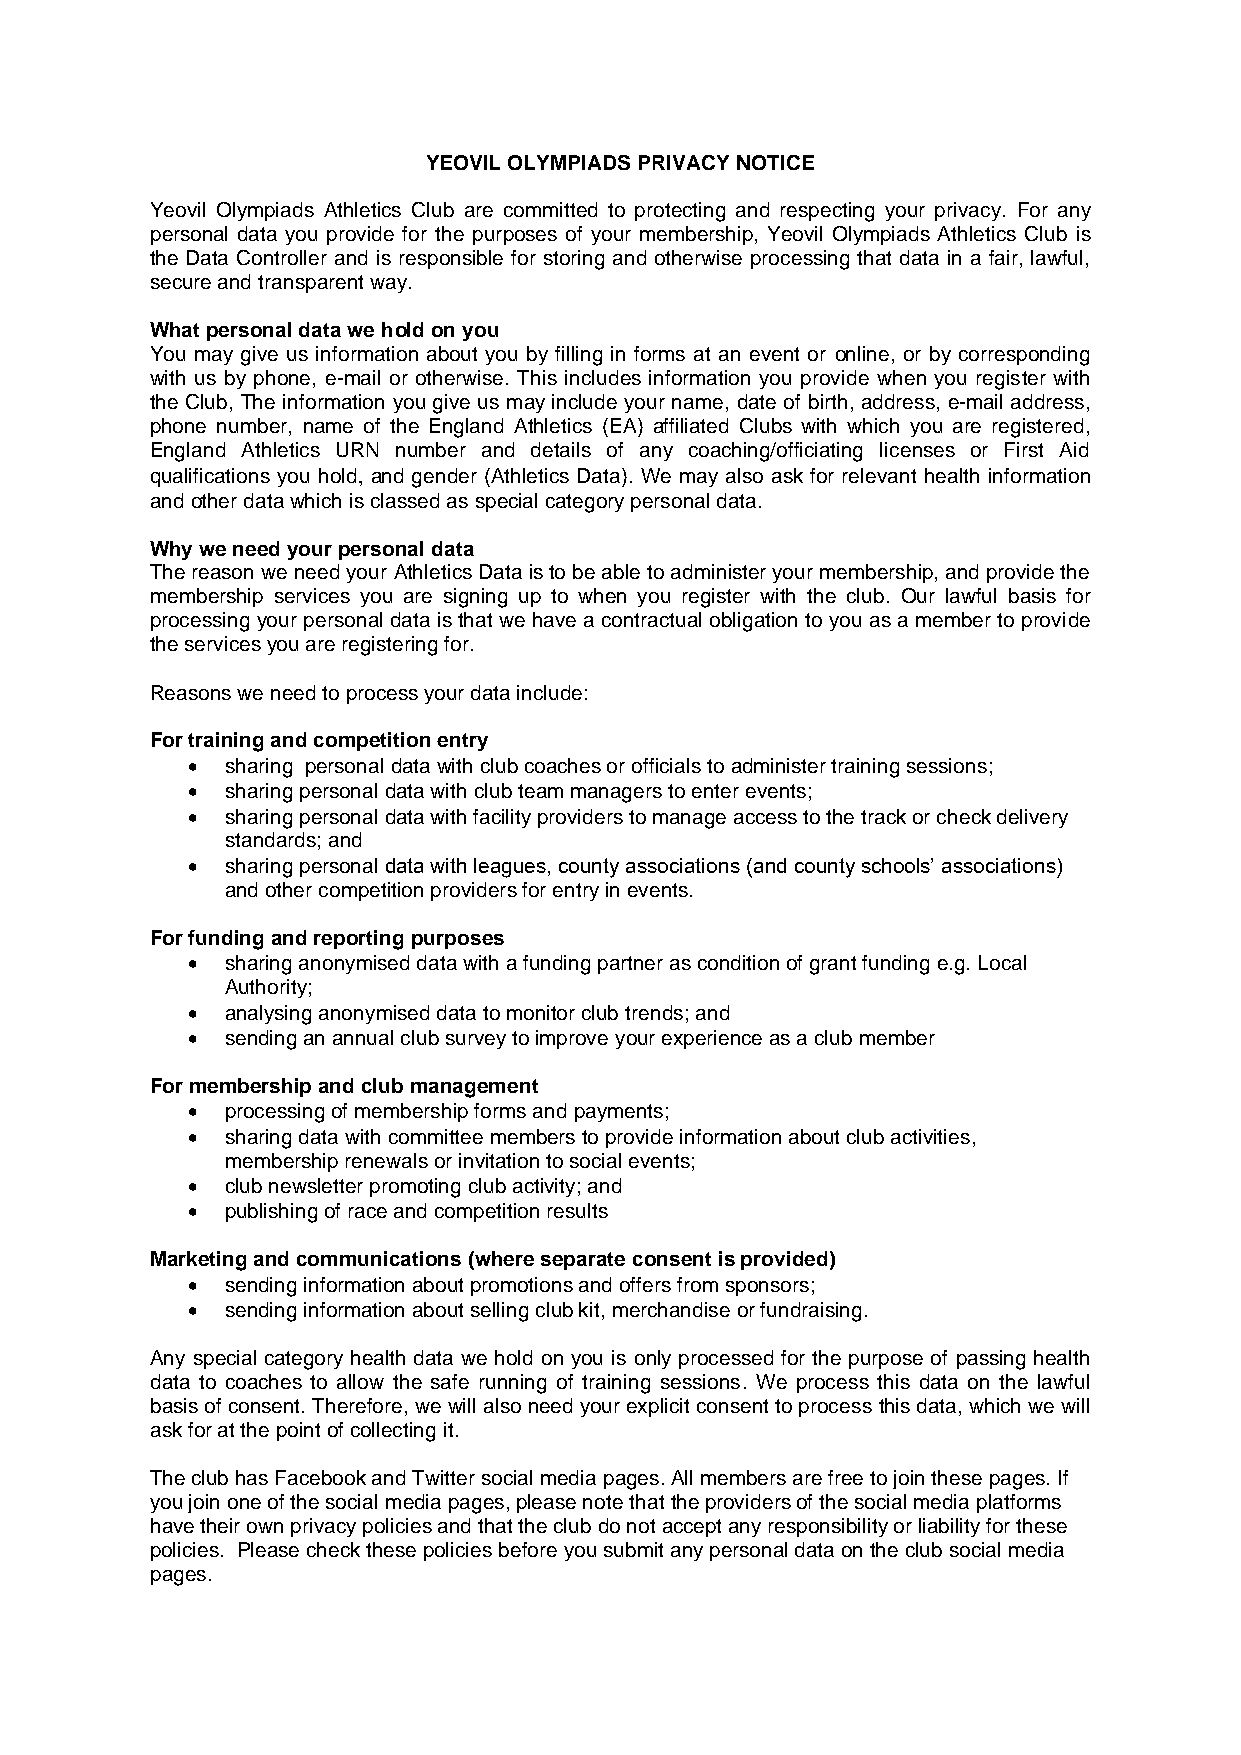
YEOVIL OLYMPIADS PRIVACY NOTICE
 Yeovil Olympiads Athletics Club are committed to protecting and respecting your privacy. For any
 personal data you provide for the purposes of your membership, Yeovil Olympiads Athletics Club is
 the Data Controller and is responsible for storing and otherwise processing that data in a fair, lawful,
 secure and transparent way.
 What personal data we hold on you
 You may give us information about you by filling in forms at an event or online, or by corresponding
 with us by phone, e-mail or otherwise. This includes information you provide when you register with
 the Club, The information you give us may include your name, date of birth, address, e-mail address,
 phone number, name of the England Athletics (EA) affiliated Clubs with which you are registered,
 England Athletics URN number and details of any coaching/officiating licenses or First Aid
 qualifications you hold, and gender (Athletics Data). We may also ask for relevant health information
 and other data which is classed as special category personal data.
 Why we need your personal data
 The reason we need your Athletics Data is to be able to administer your membership, and provide the
 membership services you are signing up to when you register with the club. Our lawful basis for
 processing your personal data is that we have a contractual obligation to you as a member to provide
 the services you are registering for.
 Reasons we need to process your data include:
 For training and competition entry
 •  sharing personal data with club coaches or officials to administer training sessions;
 •  sharing personal data with club team managers to enter events;
 •  sharing personal data with facility providers to manage access to the track or check delivery
 standards; and
 •  sharing personal data with leagues, county associations (and county schools’ associations)
 and other competition providers for entry in events.
 For funding and reporting purposes
 •  sharing anonymised data with a funding partner as condition of grant funding e.g. Local
 Authority;
 •  analysing anonymised data to monitor club trends; and
 •  sending an annual club survey to improve your experience as a club member
 For membership and club management
 •  processing of membership forms and payments;
 •  sharing data with committee members to provide information about club activities,
 membership renewals or invitation to social events;
 •  club newsletter promoting club activity; and
 •  publishing of race and competition results
 Marketing and communications (where separate consent is provided)
 •  sending information about promotions and offers from sponsors;
 •  sending information about selling club kit, merchandise or fundraising.
 Any special category health data we hold on you is only processed for the purpose of passing health
 data to coaches to allow the safe running of training sessions. We process this data on the lawful
 basis of consent. Therefore, we will also need your explicit consent to process this data, which we will
 ask for at the point of collecting it.
 The club has Facebook and Twitter social media pages. All members are free to join these pages. If
 you join one of the social media pages, please note that the providers of the social media platforms
 have their own privacy policies and that the club do not accept any responsibility or liability for these
 policies. Please check these policies before you submit any personal data on the club social media
 pages.